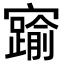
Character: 𡫞